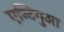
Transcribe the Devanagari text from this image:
एन्टिगुआ